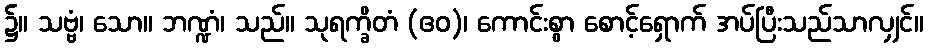
၌။ သဗ္ဗံ၊ သော။ ဘဏ္ဍံ၊ သည်။ သုရက္ခိတံ (ဧဝ)၊ ကောင်းစွာ စောင့်ရှောက် အပ်ပြီးသည်သာလျှင်။